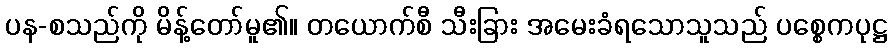
ပန-စသည်ကို မိန့်တော်မူ၏။ တယောက်စီ သီးခြား အမေးခံရသောသူသည် ပစ္စေကပုဋ္ဌ